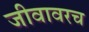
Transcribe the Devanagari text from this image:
जीवावरच